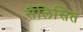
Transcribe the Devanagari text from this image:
सैलिसित